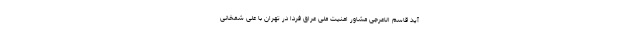
آید قاسم الاعرجی مشاور امنیت ملی عراق فردا در تهران با علی شمخانی